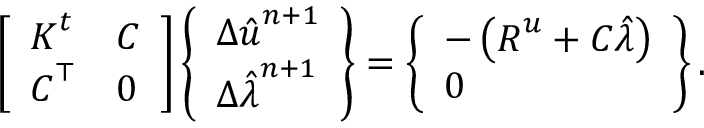
\left[ \begin{array} { l l } { \boldsymbol { K } ^ { t } } & { \boldsymbol { C } } \\ { \boldsymbol { C } ^ { \top } } & { \boldsymbol { 0 } } \end{array} \right] \left\{ \begin{array} { l } { \Delta \boldsymbol { \hat { u } } ^ { n + 1 } } \\ { \Delta \boldsymbol { \hat { \lambda } } ^ { n + 1 } } \end{array} \right\} = \left\{ \begin{array} { l } { - \left( \boldsymbol { R } ^ { u } + \boldsymbol { C } \boldsymbol { \hat { \lambda } } \right) } \\ { \boldsymbol { 0 } } \end{array} \right\} .